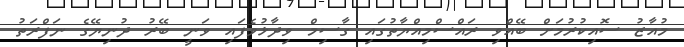
މުއާޒު ސޮއިކުރުމަށް ބޭއްވި ރައްސްމިއްޔާތުގައި ގާސިމް ވިދާޅުވެފައި ވަނީ ބޭރު ދުނިޔޭގެ ނަފްރަތު